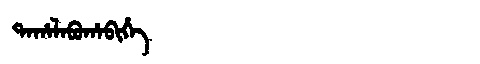
Manchu: ᡨᠠᡥᠠᠯᠠᠪᡠᡥᠠᠪᡳᡥᡝ
Romanization: TAHALABUHABIHE